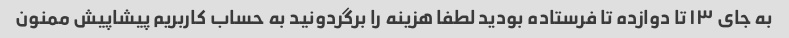
به جای ۱۳ تا دوازده تا فرستاده بودید لطفا هزینه را برگردونید به حساب کاربریم پیشاپیش ممنون